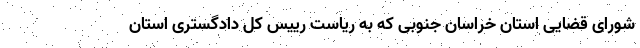
شورای قضایی استان خراسان جنوبی که به ریاست رییس کل دادگستری استان